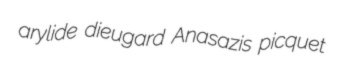
arylide dieugard Anasazis picquet